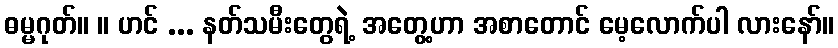
ဓမ္မဂုတ်။ ။ ဟင် ... နတ်သမီးတွေရဲ့ အတွေ့ဟာ အစာတောင် မေ့လောက်ပါ လားနော်။